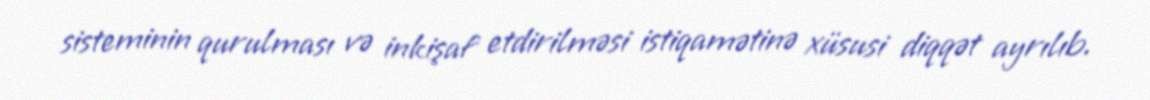
sisteminin qurulması və inkişaf etdirilməsi istiqamətinə xüsusi diqqət ayrılıb.